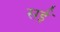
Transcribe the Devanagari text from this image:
सईं